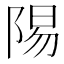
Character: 𬯆